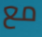
مع